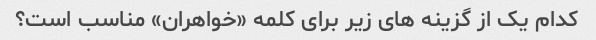
کدام یک از گزینه های زیر برای کلمه «خواهران» مناسب است؟